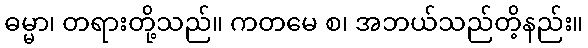
ဓမ္မာ၊ တရားတို့သည်။ ကတမေ စ၊ အဘယ်သည်တိ့နည်း။